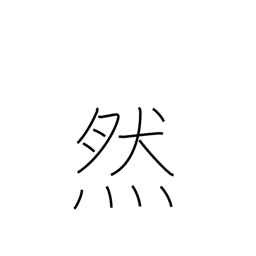
Meaning: so